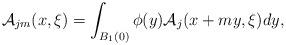
LaTeX: \begin{align*}\mathcal{A}_{jm}(x,\xi)= \int_{B_1(0)} \phi(y) \mathcal{A}_j(x+my, \xi) dy, \end{align*}